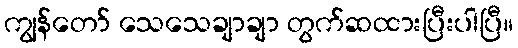
ကျွန်တော် သေသေချာချာ တွက်ဆထားပြီးပါပြီ။